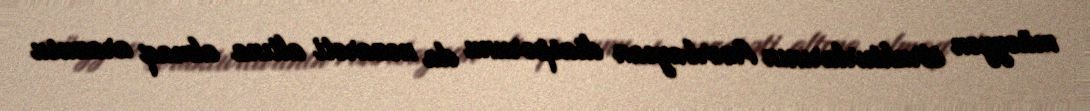
müəyyən strukturlarının Azərbaycan diasporunu da nəzarəti altına almaq arazusu